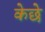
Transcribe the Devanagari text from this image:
केछे